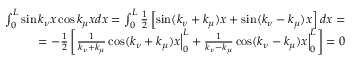
\begin{array} { r l r } & { } & { \int _ { 0 } ^ { L } \sin k _ { \nu } x \cos k _ { \mu } x d x = \int _ { 0 } ^ { L } \frac { 1 } { 2 } \left[ \sin ( k _ { \nu } + k _ { \mu } ) x + \sin ( k _ { \nu } - k _ { \mu } ) x \right] d x = } \\ & { } & { \; \; \; \; \; \; \; \; \; \; \; \; \; \; \; = - \frac { 1 } { 2 } \left[ \frac { 1 } { k _ { \nu } + k _ { \mu } } \cos ( k _ { \nu } + k _ { \mu } ) x \Big \vert _ { 0 } ^ { L } + \frac { 1 } { k _ { \nu } - k _ { \mu } } \cos ( k _ { \nu } - k _ { \mu } ) x \Big \vert _ { 0 } ^ { L } \right] = 0 } \end{array}